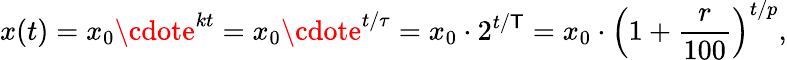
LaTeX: x(t)=x_{0}\cdote^{kt}=x_{0}\cdote^{t/\tau}=x_{0}\cdot2^{t/\mathsf{T}}=x_{0}\cdot\left(1+{\frac{{r}}{{100}}}\right)^{t/p},